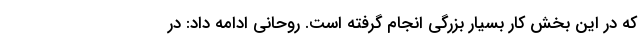
که در این بخش کار بسیار بزرگی انجام گرفته است. روحانی ادامه داد: در